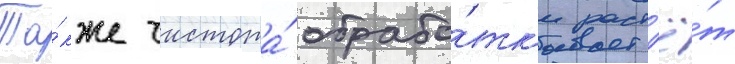
Та́кже чистота́ обрабо́тк'и раст'ё́т